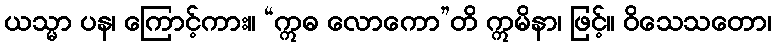
ယသ္မာ ပန၊ ကြောင့်ကား။ “ဣဓ လောကော”တိ ဣမိနာ၊ ဖြင့်။ ဝိသေသတော၊